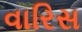
વારિસ